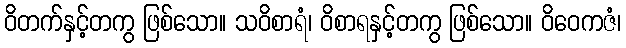
ဝိတက်နှင့်တကွ ဖြစ်သော။ သဝိစာရံ၊ ဝိစာရနှင့်တကွ ဖြစ်သော။ ဝိဝေကဇံ၊